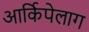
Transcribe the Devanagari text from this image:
आर्किपेलाग